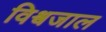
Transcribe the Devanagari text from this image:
विश्वजाल